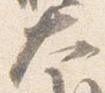
大